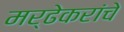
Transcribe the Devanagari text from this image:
मर्ढेकरांचे